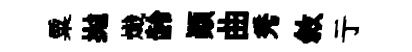
粟抛熾龄顛曲秀敘亍